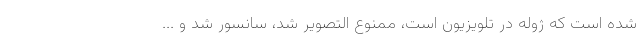
شده است که ژوله در تلویزیون است، ممنوع التصویر شد، سانسور شد و ...